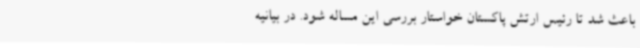
باعث شد تا رئیس ارتش پاکستان خواستار بررسی این مساله شود. در بیانیه